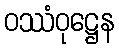
ဝဿံဝုဋ္ဌေန